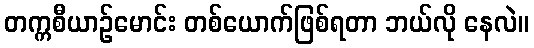
တက္ကစီယာဉ်မောင်း တစ်ယောက်ဖြစ်ရတာ ဘယ်လို နေလဲ။